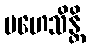
မဟေသိန္တိ